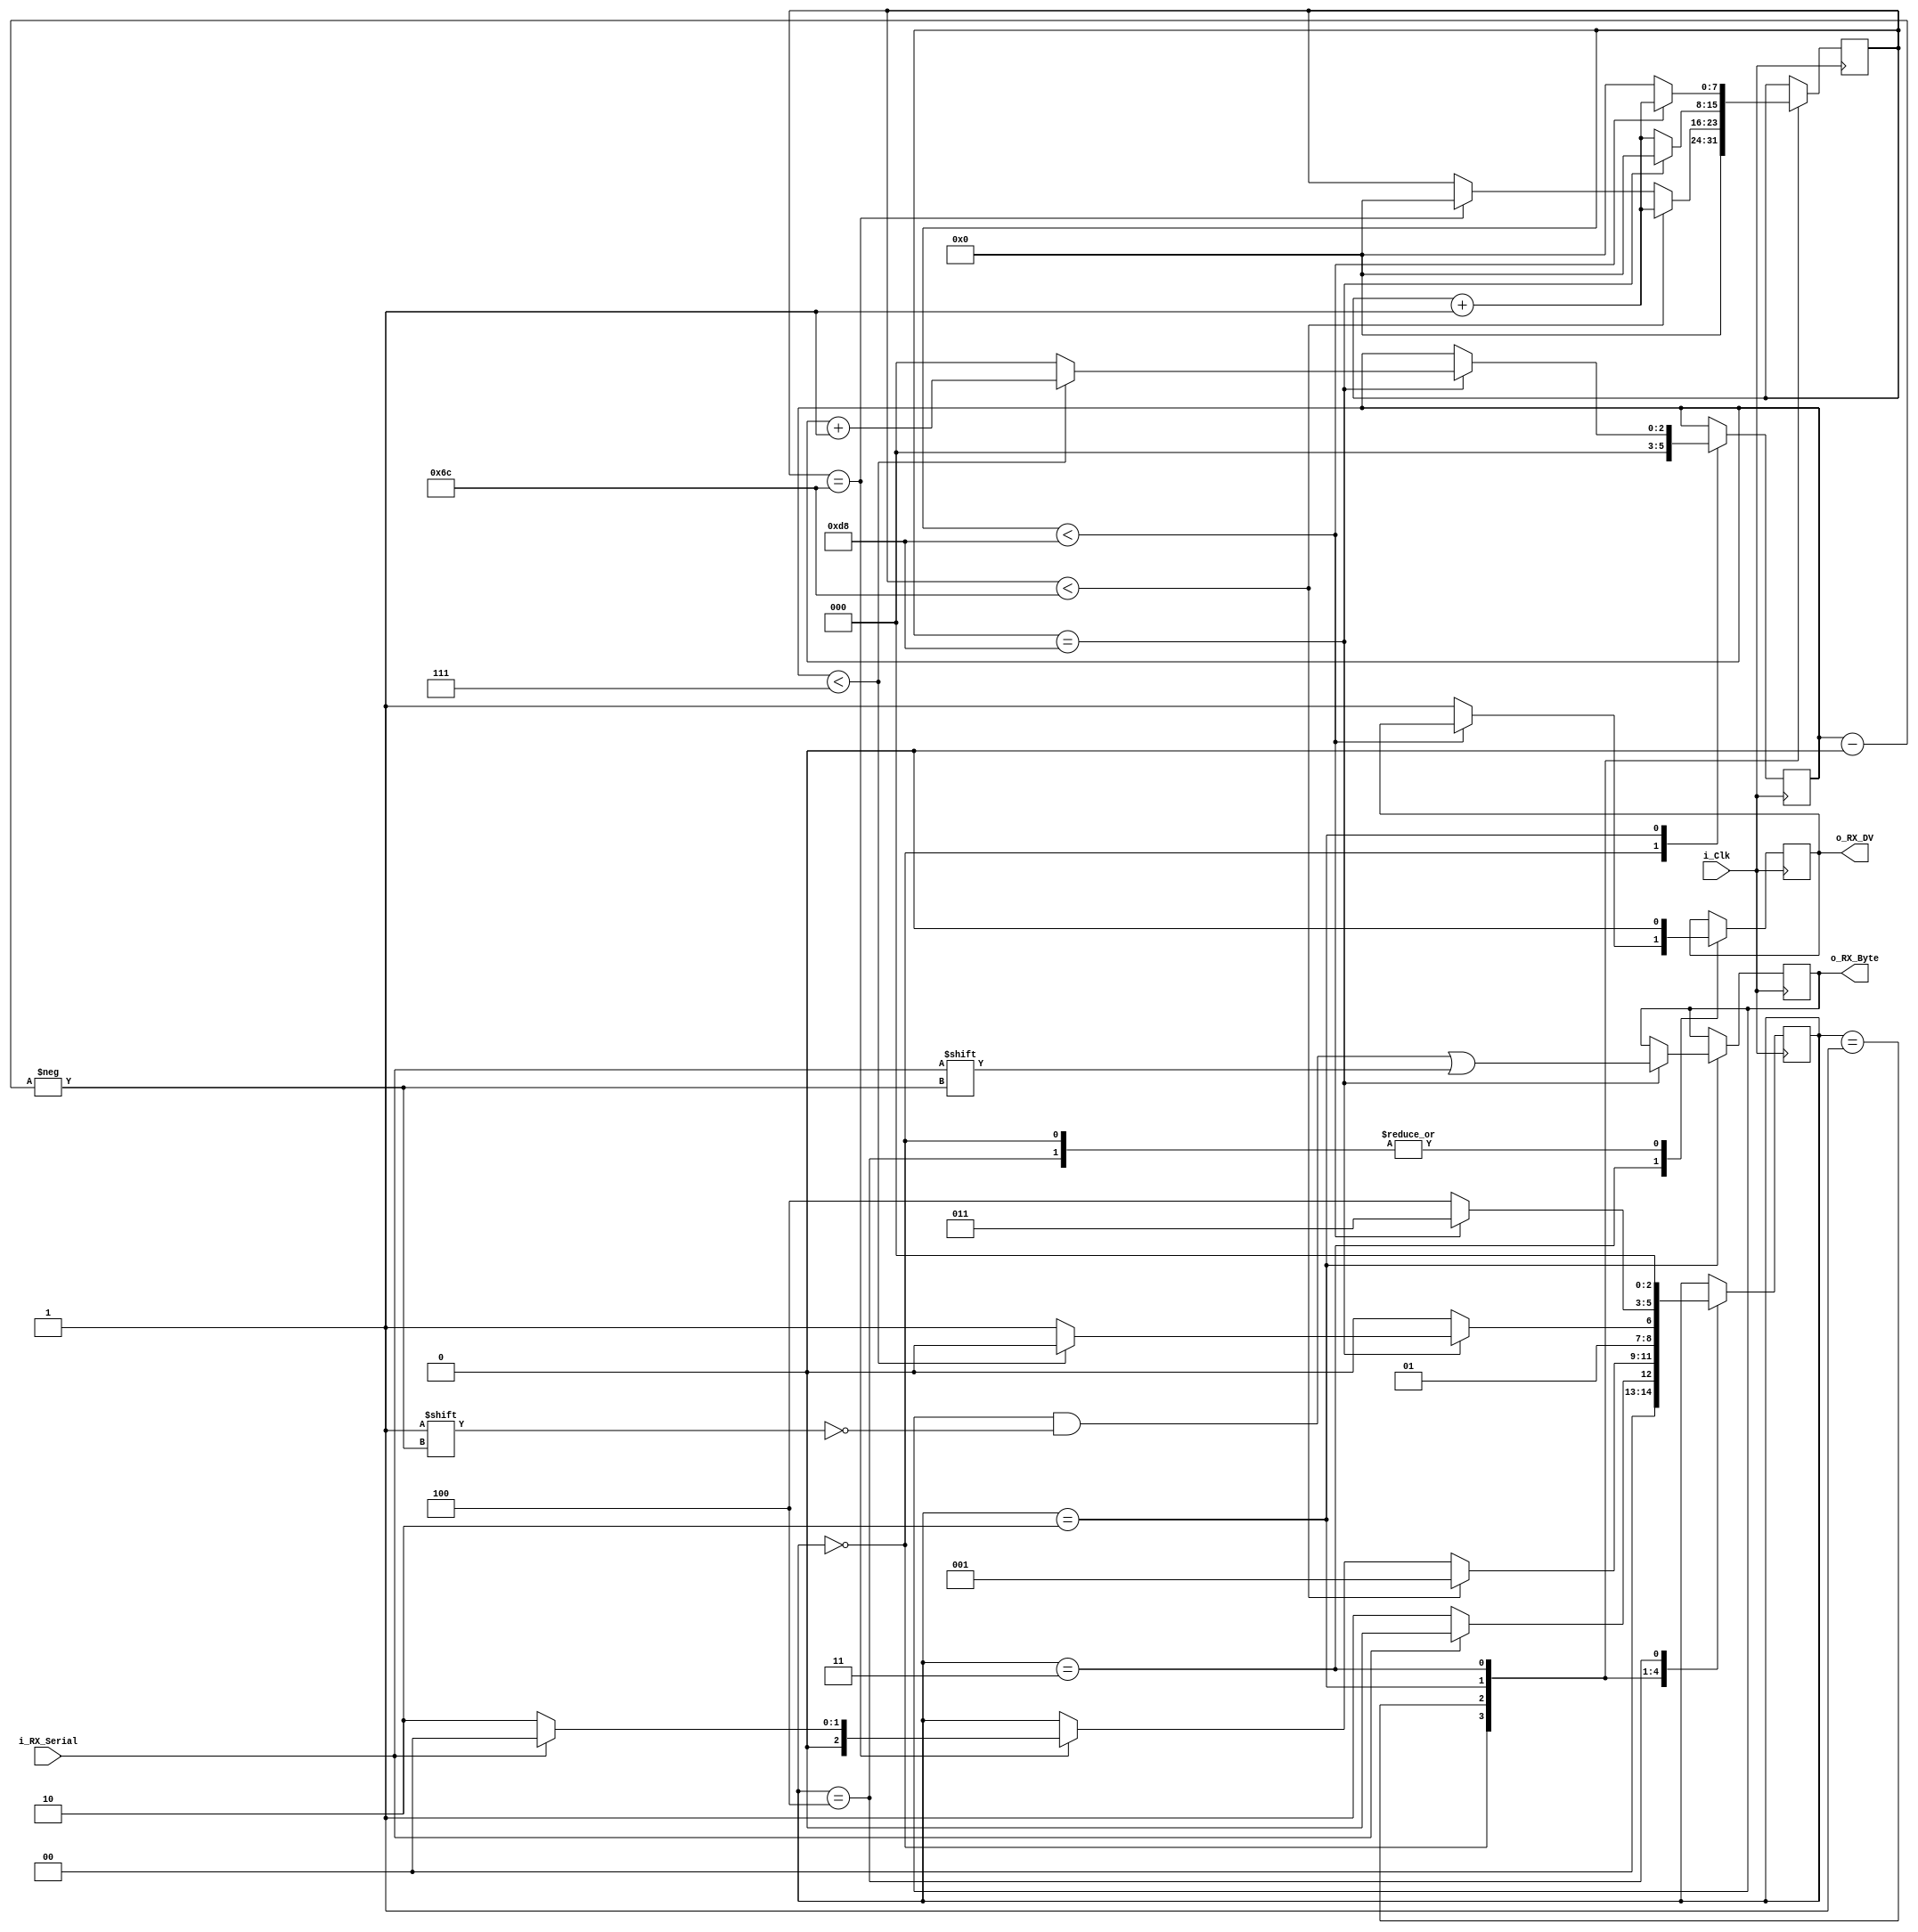
module UART_RX 
#(parameter CLKS_PER_BIT = 217)
(
    input i_Clk, 
    input i_RX_Serial, 
    output o_RX_DV,
    output[7:0] o_RX_Byte);

    parameter IDLE = 3'b000;
    parameter RX_START_BIT = 3'b001;
    parameter RX_DATA_BIT = 3'b010;
    parameter RX_STOP_BIT = 3'b011;
    parameter CLEANUP = 3'b100;

    reg [7:0] r_Clock_Counter=0;
    reg [2:0] r_Bit_Index=0;  //8 bits long data --> 3 bits long index
    reg [7:0] r_RX_Byte =0;   //for storing the received bit after parallelising
    reg       r_RX_DV = 0;   //for storing the data valid signal 
    reg [2:0] r_SM_Main=0;   //stores state

    always @(posedge i_Clk)
    begin
        case(r_SM_Main)

            IDLE:
            begin
                //Make data valid 0, clock counter =0, and rx bit index as 0
                r_RX_DV <= 1'b0;
                r_Clock_Counter <= 0;
                r_Bit_Index <= 0;

                //if HIGH to LOW transition is detected then move to RX_START_BIT 
                if(i_RX_Serial == 1'b0)
                    r_SM_Main <= RX_START_BIT;
                else
                    r_SM_Main <= IDLE;

            end  //End of IDLE 

            RX_START_BIT:
            begin
                //Check the middle of the supposed start bit to make sure its still low, return to IDLE if not 
                if(r_Clock_Counter < (CLKS_PER_BIT -1)/2)
                begin
                    r_SM_Main <= RX_START_BIT;
                    r_Clock_Counter <= r_Clock_Counter +1;
                end
                else if(r_Clock_Counter == (CLKS_PER_BIT-1)/2)
                begin
                    //Check is still low
                    if(i_RX_Serial == 1'b0)
                    begin
                        //Still low, so move to RX_DATA_BIT and make counter 0 to start afresh
                        r_Clock_Counter <= 0;
                        r_SM_Main <= RX_DATA_BIT;
                    end
                    else
                    begin
                        r_Clock_Counter <=0;
                        r_SM_Main <= IDLE;
                    end
                end
            end  //End of RX_START_BIT

            RX_DATA_BIT:
            begin
                //Wait another bit width duration (CLKS_PER_BIT) to sample data at the middle of the next data bit
                if(r_Clock_Counter == CLKS_PER_BIT-1)
                begin
                    r_Clock_Counter<=0;
                    r_RX_Byte[r_Bit_Index] = i_RX_Serial;

                    if(r_Bit_Index < 7)
                    begin
                        //More bits to parallelize, increase bit index
                        r_Bit_Index <= r_Bit_Index + 1;
                        r_SM_Main <= RX_DATA_BIT;
                    end
                    else
                    begin
                        r_Bit_Index <= 0;
                        r_SM_Main <= RX_STOP_BIT;
                    end
                end
                else
                begin
                    r_SM_Main <= RX_DATA_BIT;
                    r_Clock_Counter <= r_Clock_Counter + 1;
                end
            end  //End of RX_DATA_BIT 

            RX_STOP_BIT:
            begin
                //Wait for STOP bit to finish
                if(r_Clock_Counter < CLKS_PER_BIT-1)
                begin
                    r_Clock_Counter <= r_Clock_Counter + 1;
                    r_SM_Main <= RX_STOP_BIT;
                end
                else
                begin
                    r_RX_DV <= 1'b1;
                    r_SM_Main <= CLEANUP;
                    r_Clock_Counter <= 0;
                end
            end //End of RX_STOP_BIT 

            CLEANUP:
            begin
                r_SM_Main <= IDLE;
                r_RX_DV <= 1'b0;
            end  //End of CLEANUP 

        endcase
    end

    assign o_RX_Byte = r_RX_Byte;
    assign o_RX_DV = r_RX_DV; 

endmodule